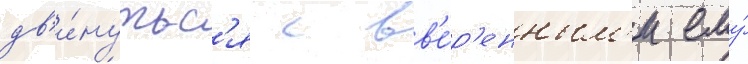
дв'и́нутьс'я с вв'е́р'енным'и ему́